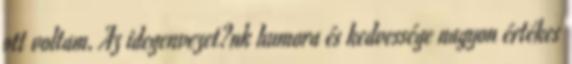
ott voltam. Az idegenvezet?nk humora és kedvessége nagyon értékes